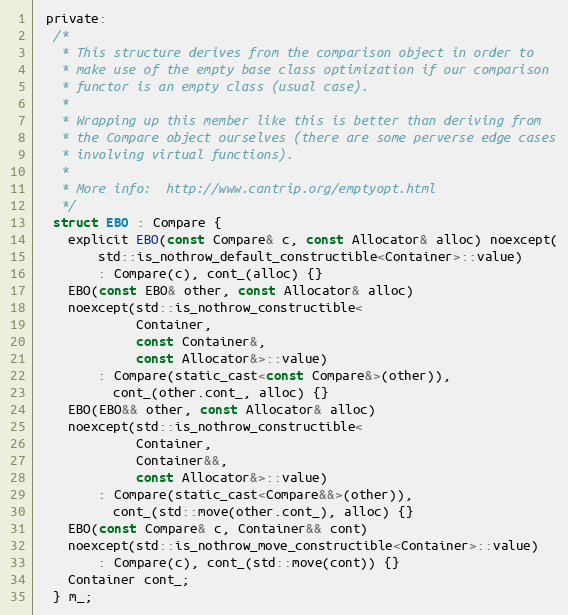
Language: C
 private:
  /*
   * This structure derives from the comparison object in order to
   * make use of the empty base class optimization if our comparison
   * functor is an empty class (usual case).
   *
   * Wrapping up this member like this is better than deriving from
   * the Compare object ourselves (there are some perverse edge cases
   * involving virtual functions).
   *
   * More info:  http://www.cantrip.org/emptyopt.html
   */
  struct EBO : Compare {
    explicit EBO(const Compare& c, const Allocator& alloc) noexcept(
        std::is_nothrow_default_constructible<Container>::value)
        : Compare(c), cont_(alloc) {}
    EBO(const EBO& other, const Allocator& alloc)
    noexcept(std::is_nothrow_constructible<
             Container,
             const Container&,
             const Allocator&>::value)
        : Compare(static_cast<const Compare&>(other)),
          cont_(other.cont_, alloc) {}
    EBO(EBO&& other, const Allocator& alloc)
    noexcept(std::is_nothrow_constructible<
             Container,
             Container&&,
             const Allocator&>::value)
        : Compare(static_cast<Compare&&>(other)),
          cont_(std::move(other.cont_), alloc) {}
    EBO(const Compare& c, Container&& cont)
    noexcept(std::is_nothrow_move_constructible<Container>::value)
        : Compare(c), cont_(std::move(cont)) {}
    Container cont_;
  } m_;